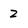
Character: 2